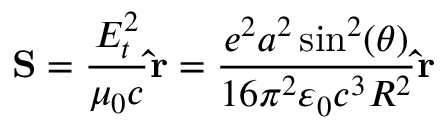
\mathbf { S } = { \frac { E _ { t } ^ { 2 } } { \mu _ { 0 } c } } \mathbf { \hat { r } } = { \frac { e ^ { 2 } a ^ { 2 } \sin ^ { 2 } ( \theta ) } { 1 6 \pi ^ { 2 } \varepsilon _ { 0 } c ^ { 3 } R ^ { 2 } } } \mathbf { \hat { r } }